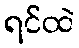
ရင်ထဲ